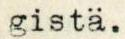
gistä.